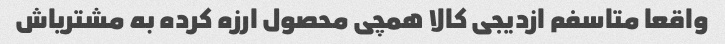
واقعا متاسفم ازدیجی کالا همچی محصول ارزه کرده به مشتریاش